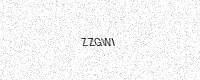
Text: ZZGWI